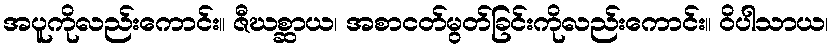
အပူကိုလည်းကောင်း။ ဇီဃစ္ဆာယ၊ အစာငတ်မွတ်ခြင်းကိုလည်းကောင်း။ ဝိပါသာယ၊